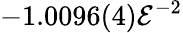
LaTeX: -1.0096(4)\mathcal{E}^{-2}